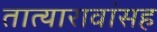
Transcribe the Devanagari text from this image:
तात्यारावांसह